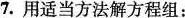
7.用适当方法解方程组：